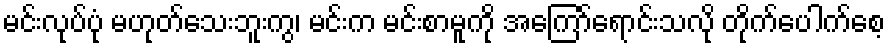
မင်းလုပ်ပုံ မဟုတ်သေးဘူးကွ၊ မင်းက မင်းစာမူကို အကြော်ရောင်းသလို တိုက်ပေါက်စေ့